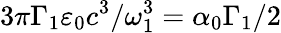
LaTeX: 3\pi\Gamma_{1}\varepsilon_{0}c^{3}/\omega_{1}^{3}=\alpha_{0}\Gamma_{1}/2